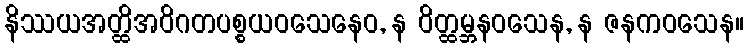
နိဿယအတ္ထိအဝိဂတပစ္စယဝသေနေဝ, န ဝိတ္ထမ္ဘနဝသေန, န ဇနကဝသေန။